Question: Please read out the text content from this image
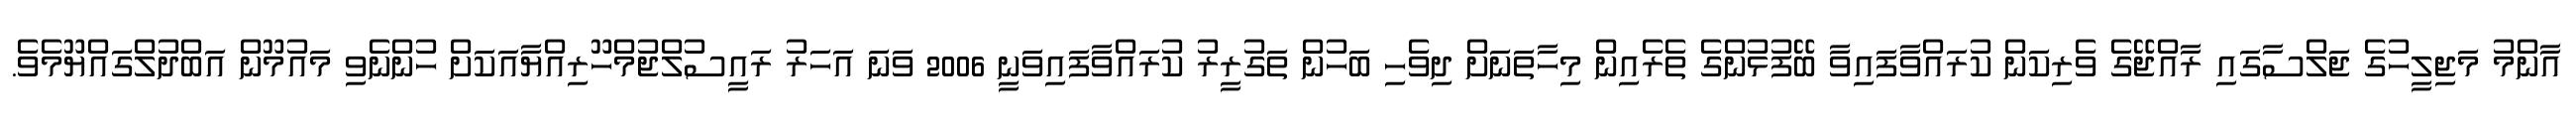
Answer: އާންމު މަޖިލީހުގެ ޖަލްސާގައި ރާއްޖޭގެ ވެރިކަން ކުރައްވާފައިވާ ބޭފުޅުންގެ ތެރެއިން މިހާތަނަށް ދިވެހި ބަހުން ތަގުރީރު ކުރައްވާފައިވަނީ 2006 ވަނަ އަހަރު ރައީސުލްޖުމްހޫރިއްޔާއަކަށް ހުންނެވި މައުމޫން އަބްދުލްގައްޔޫމެވެ.